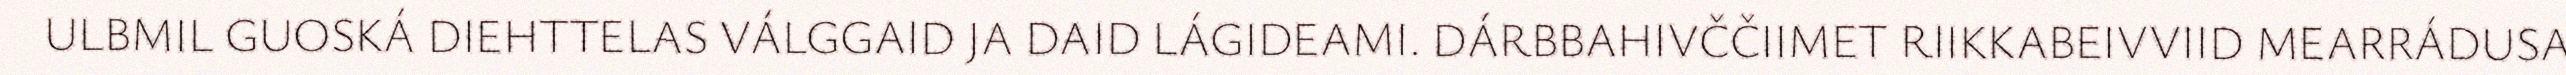
ULBMIL GUOSKÁ DIEHTTELAS VÁLGGAID JA DAID LÁGIDEAMI. DÁRBBAHIVČČIIMET RIIKKABEIVVIID MEARRÁDUSA